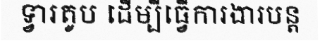
ទ្វារតូប ដើម្បីធ្វើការងារបន្ត